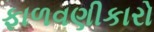
ફાળવણીકારો